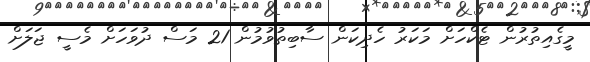
މީގެއިތުރުން ޓެކްހަށް މަކަރު ހެދިކަން ސާބިތުވުމުން 21 މަސް ދުވަހަށް މެސީ ޖަލަށް